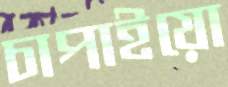
চাপাইয়ো